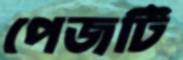
পেজটি